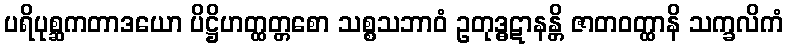
ပရိပုစ္ဆကတာဒယော ပိဋ္ဌိဟတ္ထတ္တစော သစ္စသဘာဝံ ဥတုဒ္ဓဋာနန္တိ ဇာတဝတ္ထာနိ သက္ခလိကံ